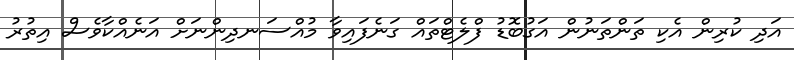
އަދި ކުރިން އެކި ތަންތަނުން އަގުބޮޑު ފްލެޓްތައް ގަނެފައިވާ މުއްސަނދިންނަށް އަނެއްކާވެސް އިތުރު